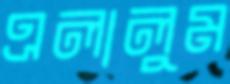
এলালুম